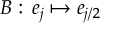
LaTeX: B : \, e _ { j } \mapsto e _ { j / 2 }